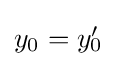
{\textstyle y_{0}={y'}\!\!{}_{0}}